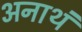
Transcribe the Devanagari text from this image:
अनाथं